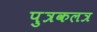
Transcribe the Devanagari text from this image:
पुत्रकलत्र